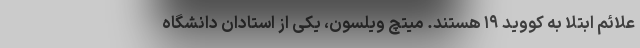
علائم ابتلا به کووید ۱۹ هستند. میتچ ویلسون، یکی از استادان دانشگاه